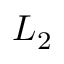
L _ { 2 }